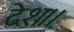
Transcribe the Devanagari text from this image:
देश।।